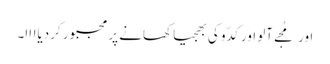
اور مُجے آلو اور کدّو کی بھجیا کھانے پر مجبور کردیاااا۔